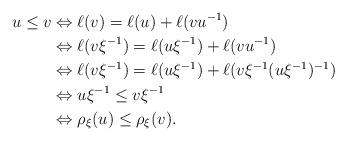
LaTeX: \begin{align*}u\leq v &\Leftrightarrow \ell(v)=\ell(u)+\ell(vu^{-1})\\&\Leftrightarrow \ell(v\xi^{-1})=\ell(u\xi^{-1})+\ell(vu^{-1})\\&\Leftrightarrow \ell(v\xi^{-1})=\ell(u\xi^{-1})+\ell(v\xi^{-1}(u\xi^{-1})^{-1})\\&\Leftrightarrow u\xi^{-1}\leq v\xi^{-1}\\&\Leftrightarrow \rho_\xi(u)\leq \rho_\xi(v).\end{align*}